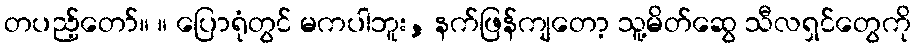
တပည့်တော်။ ။ ပြောရုံတွင် မကပါဘူး, နက်ဖြန်ကျတော့ သူ့မိတ်ဆွေ သီလရှင်တွေကို